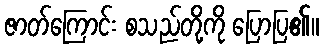
ဇာတ်ကြောင်း စသည်တို့ကို ပြောပြ၏။